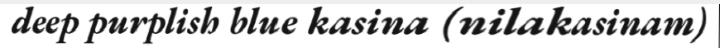
deep purplish blue kasina (nilakasinam)